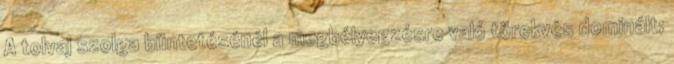
A tolvaj szolga büntetésénél a megbélyegzésre való törekvés dominált;